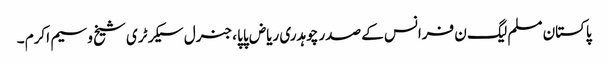
پاکستان مسلم لیگ ن فرانس کے صدر چوہدری ریاض پاپا ،جنرل سیکرٹری شیخ وسیم اکرم ۔